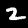
Label: 2